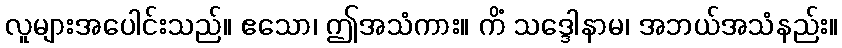
လူများအပေါင်းသည်။ ဧသော၊ ဤအသံကား။ ကိံ သဒ္ဒေါနာမ၊ အဘယ်အသံနည်း။